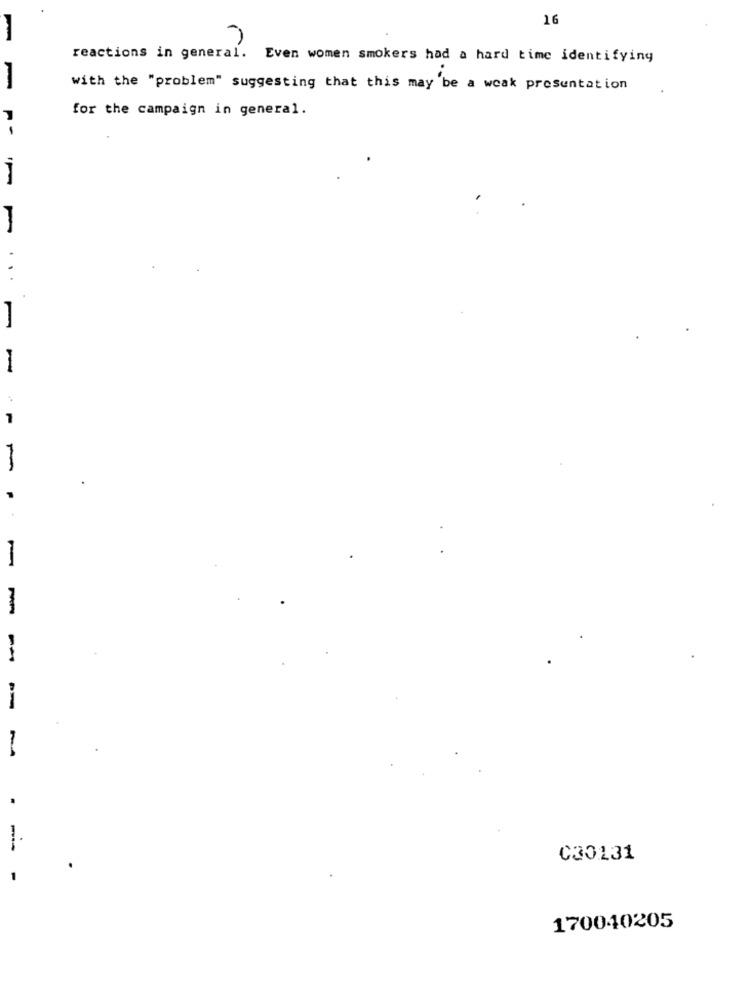
16
reactions in general.
Even women smokers had a hard time identifying
with the "problem" suggesting that this may be a weak presentation
for the campaign in general.
...
1
-
-
-
C30131
-
170040205